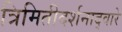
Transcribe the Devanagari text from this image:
त्रिमितीदर्शनाद्वारे